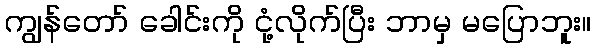
ကျွန်တော် ခေါင်းကို ငုံ့လိုက်ပြီး ဘာမှ မပြောဘူး။